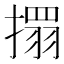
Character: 𢴄